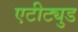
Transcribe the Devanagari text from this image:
एटीट्युड